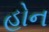
હોન